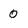
Character: 0